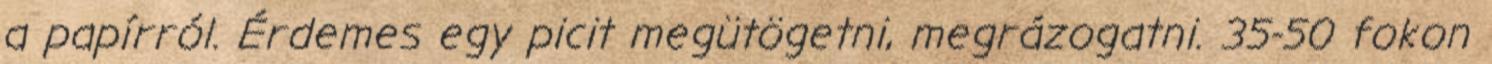
a papírról. Érdemes egy picit megütögetni, megrázogatni. 35-50 fokon